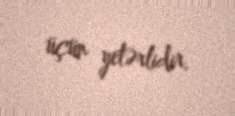
üçün yetərlidir.